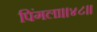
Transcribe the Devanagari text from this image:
पिंगला।।४८।।